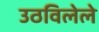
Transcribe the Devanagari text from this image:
उठविलेले